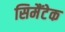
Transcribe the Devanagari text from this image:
सिमैंटेक